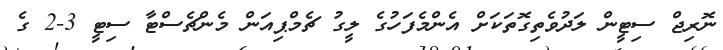
ނޮރިޖް ސިޓީން ލަދުވެތިގޮތަކަށް އެންމެފަހުގެ ލީގު ޗެމްޕިއަން މެންޗެސްޓާ ސިޓީ 3-2 ގެ